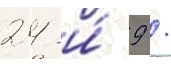
24 и́ 9 /